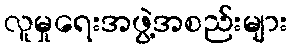
လူမှုရေးအဖွဲ့အစည်းများ